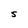
Character: S